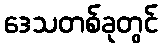
ဒေသတစ်ခုတွင်